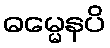
ဓမ္မေနပိ